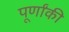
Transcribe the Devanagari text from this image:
पूर्णांकी